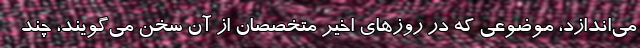
می‌اندازد، موضوعی که در روز‌های اخیر متخصصان از آن سخن می‌گویند، چند